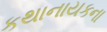
કથાનાયકના